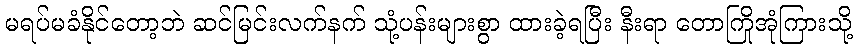
မရပ်မခံနိုင်တော့ဘဲ ဆင်မြင်းလက်နက် သုံ့ပန်းများစွာ ထားခဲ့ရပြီး နီးရာ တောကြိုအုံကြားသို့